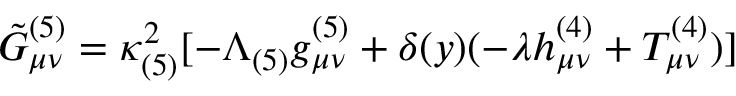
\tilde { G } _ { \mu \nu } ^ { ( 5 ) } = \kappa _ { ( 5 ) } ^ { 2 } [ - \Lambda _ { ( 5 ) } g _ { \mu \nu } ^ { ( 5 ) } + \delta ( y ) ( - \lambda h _ { \mu \nu } ^ { ( 4 ) } + T _ { \mu \nu } ^ { ( 4 ) } ) ]